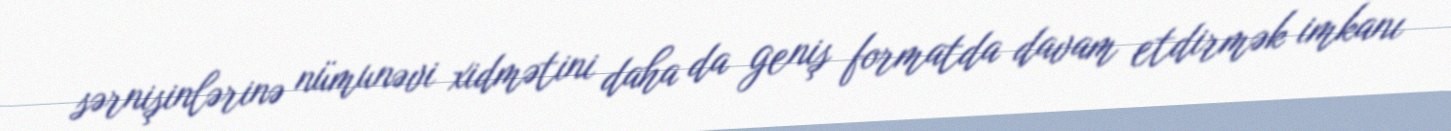
sərnişinlərinə nümunəvi xidmətini daha da geniş formatda davam etdirmək imkanı